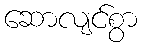
ဆောလျင်စွာ